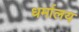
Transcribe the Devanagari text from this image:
धर्मालय